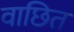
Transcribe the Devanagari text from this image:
वाछित